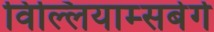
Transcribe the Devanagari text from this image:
विल्लियाम्सबेर्ग